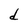
Character: d